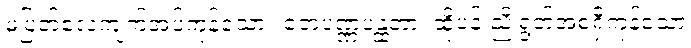
မပြတ်လေ့ကျက်အပ်ကုန်သော။ တေပဏ္ဏပန္ထတာ၊ ထိုပန်းညိုရွတ်အစရှိကုန်သော